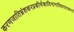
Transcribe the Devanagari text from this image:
करणजातिभ्रंशकरप्रकीर्णकादिनानाविधपातकानां